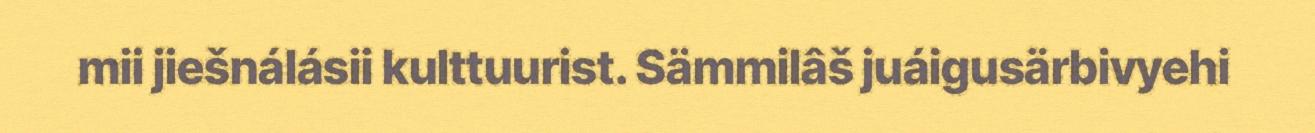
mii jiešnálásii kulttuurist. Sämmilâš juáigusärbivyehi